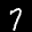
Digit: 7